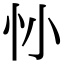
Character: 𢖹